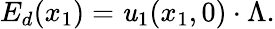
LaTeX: E_{d}(x_{1})=\mathit{u}_{1}(x_{1},0)\cdot\Lambda.